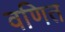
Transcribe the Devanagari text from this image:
वणित